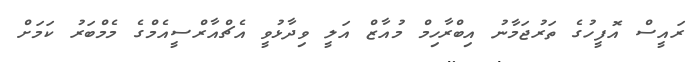
ރައީސް އޮފީހުގެ ތަރުޖަމާނު އިބްރާހިމް މުއާޒް އަލީ ވިދާޅުވީ އެޗްއާރްސީއެމްގެ މެމްބަރު ކަމަށް